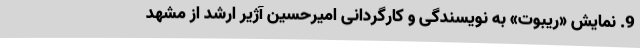
9. نمایش «ریبوت» به نویسندگی و کارگردانی امیرحسین آژیر ارشد از مشهد